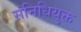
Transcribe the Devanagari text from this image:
संनिधियुक्त